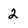
Character: 2